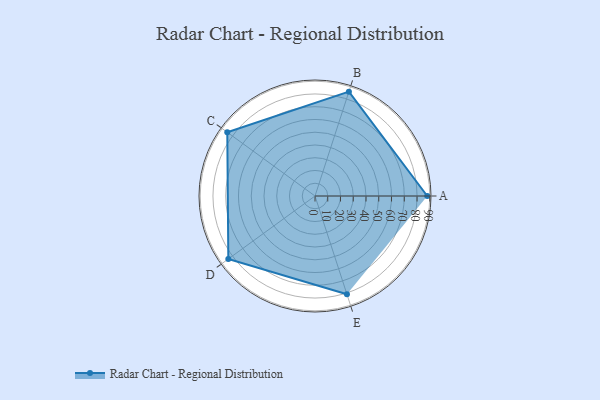
{"axis": {"x": "Skill", "y": "Score"}, "legend": ["Profile"], "data": [{"x": "A", "y": 88.0, "type": "Profile"}, {"x": "B", "y": 86.0, "type": "Profile"}, {"x": "C", "y": 85.0, "type": "Profile"}, {"x": "D", "y": 84.0, "type": "Profile"}, {"x": "E", "y": 81.0, "type": "Profile"}]}